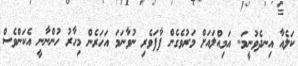
ކަލެއާ އިނދެވުނީމަ.. އަމިއްލައަށް މަރުވެގެން ފާފަވެރި ނުވާނަމަ އަހަރެން މިހާރު ހުންނާނީ އެކަންވެސް